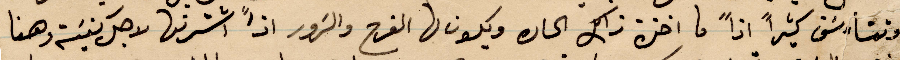
وتتأرشف كثيرًا اذًا ما اخذ ذلك الحال ويكون لها الفرح والزور اذًا اشترتها لاجل كنيسة وهنا